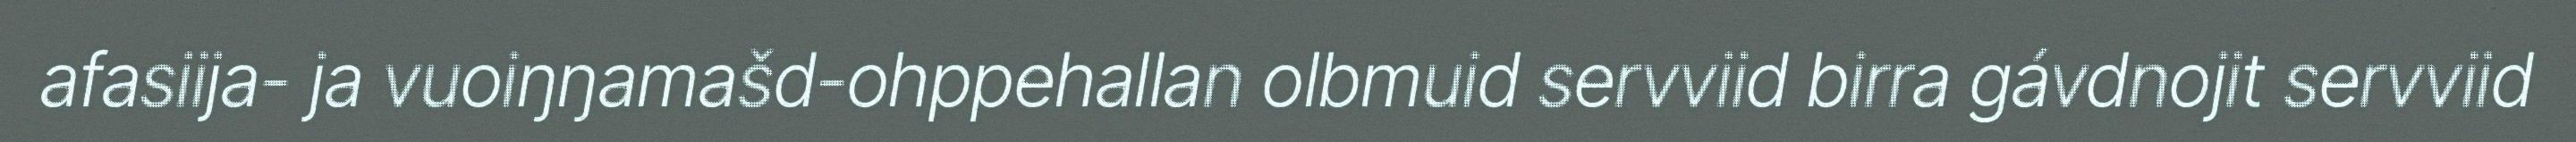
afasiija- ja vuoiŋŋamašd-ohppehallan olbmuid servviid birra gávdnojit servviid